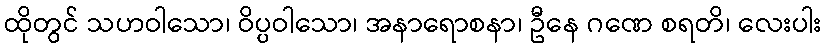
ထိုတွင် သဟဝါသော၊ ဝိပ္ပဝါသော၊ အနာရောစနာ၊ ဦနေ ဂဏေ စရတိ၊ လေးပါး